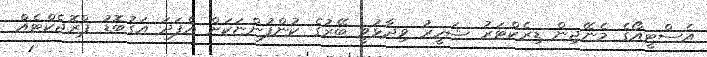
އެސްޓީއޯގެ މެނޭޖިން ޑިރެކްޓަރު ޝަހީރު ވިދާޅުވީ ބޭރުގެ ކުންފުންޏަކަށް އެފަދަ އަގުބޮޑު ޕްރޮޖެކްޓެއް